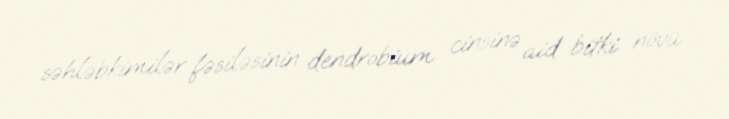
səhləbkimilər fəsiləsinin dendrobium cinsinə aid bitki növü.